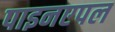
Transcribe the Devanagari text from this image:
पाइनएपल